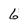
Character: 6